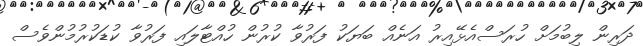
ދަރިން ލިބުމަށް ހުރަސްއެޅޭއިރު އަނެއް ބަޔަކު ފަރުވާ ކުރުން ހުއްޓާލައި ފަރުވާ ކުޑަކުރުމުންވެސް